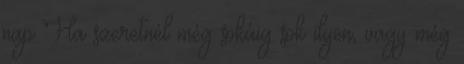
nap Ha szeretnél még sokáig sok ilyen, vagy még